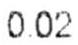
0.02